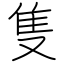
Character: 隻